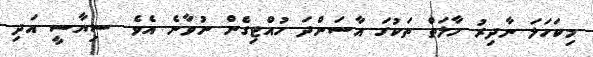
މިކަހަލަ ނާދިރު ހާލަތް ތަކުގަ އާސަންދަ ހުއްޓިގެން ނުވާނެ އެވެ. ސިޔާސީ އަދި